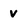
Character: v